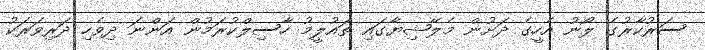
ސަރުކާރުގެ ލޯނު އެހީގެ ދަށުން މެލޭޝިޔާގައި ތައުލީމު ހާސިލްކުރަމުން އަންނަ ދިވެހި ދަރިވަރަކު